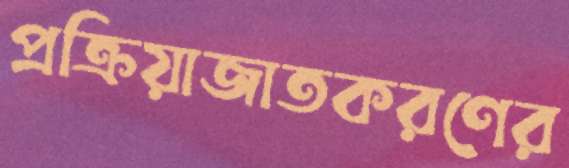
প্রক্রিয়াজাতকরণের